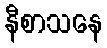
နီစာသနေ